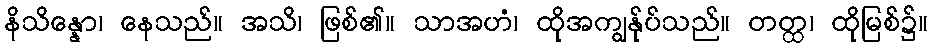
နိသိန္နော၊ နေသည်။ အသိ၊ ဖြစ်၏။ သာအဟံ၊ ထိုအကျွန်ုပ်သည်။ တတ္ထ၊ ထိုမြစ်၌။